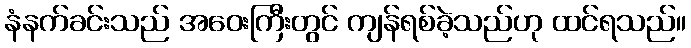
နံနက်ခင်းသည် အဝေးကြီးတွင် ကျန်ရစ်ခဲ့သည်ဟု ထင်ရသည်။